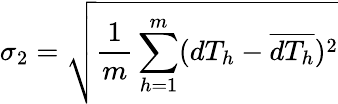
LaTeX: \sigma_{2}=\sqrt{\frac{1}{m}\sum_{h=1}^{m}(dT_{h}-\overline{{dT_{h}}})^{2}}